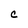
Character: c